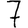
Digit: 7